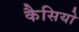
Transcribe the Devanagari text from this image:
कैसियो